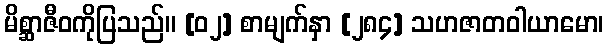
မိစ္ဆာဇီဝကိုပြသည်။ [၀၂] စာမျက်နှာ [၂၈၄] သဟဇာတဝါယာမော၊